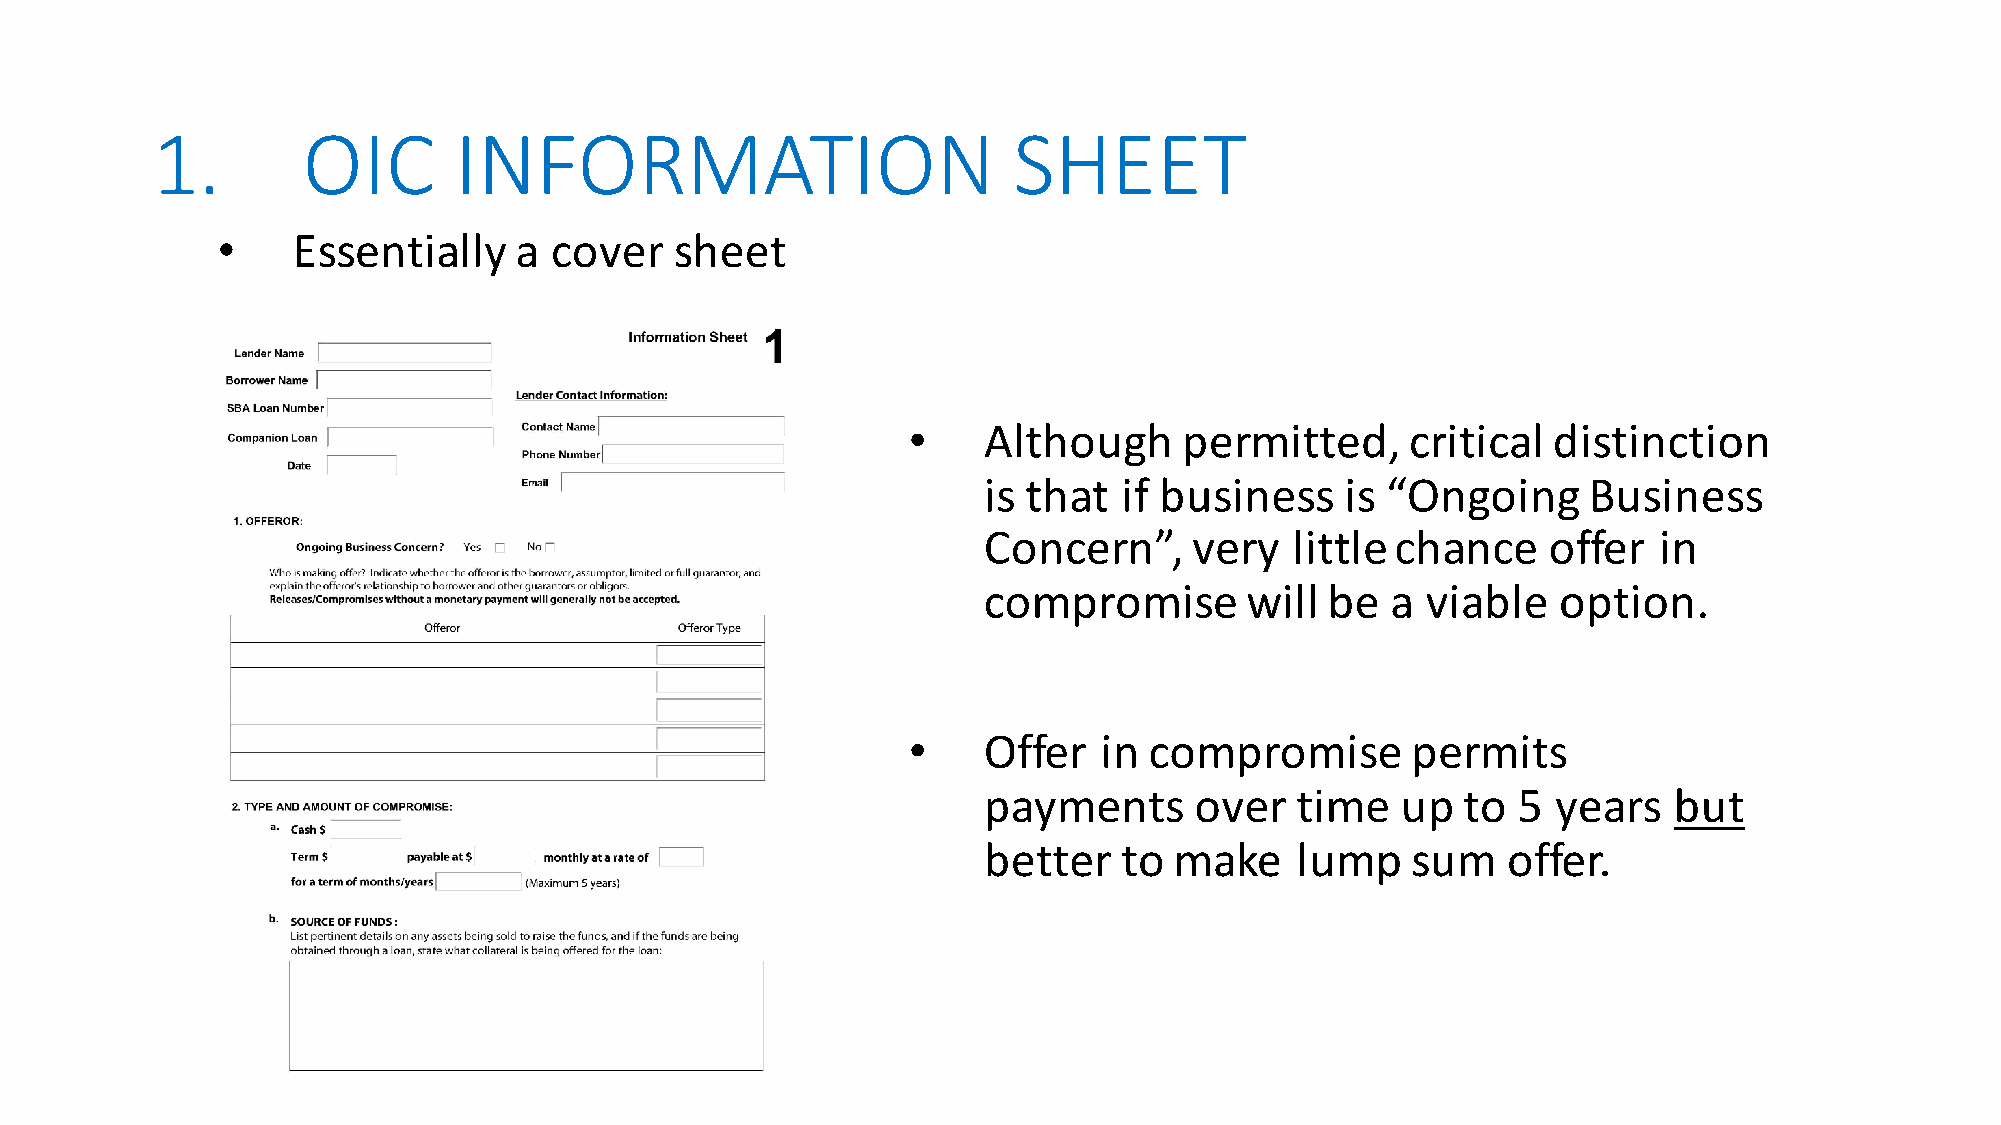
1.        OIC       INFORMATION                          SHEET
 •    Essentially    a cover    sheet
 •    Although     permitted,     critical  distinction
 is that  if business    is “Ongoing     Business
 Concern”,     very   little chance   offer   in
 compromise       will  be  a viable   option.
 •    Offer   in compromise       permits
 payments      over   time   up  to 5  years   but
 better   to  make    lump   sum    offer.